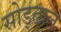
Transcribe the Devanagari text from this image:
सोड्ढाल